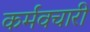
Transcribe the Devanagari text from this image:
कर्मवचारी